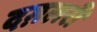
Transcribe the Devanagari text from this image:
दग़लरी